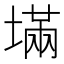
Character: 㙢